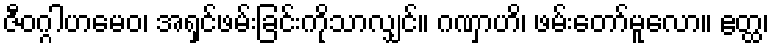
ဇီဝဂ္ဂါဟမေဝ၊ အရှင်ဖမ်းခြင်းကိုသာလျှင်။ ဂဏှာဟိ၊ ဖမ်းတော်မူလော။ ဧတ္ထ၊